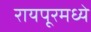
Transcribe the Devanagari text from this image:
रायपूरमध्ये